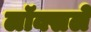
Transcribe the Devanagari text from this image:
लॉक्सले